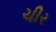
ચીર